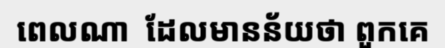
ពេលណា  ដែលមានន័យថា ពួកគេ